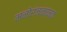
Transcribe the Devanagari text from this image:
मनोरंजनत्मक